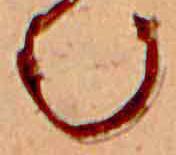
む